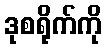
ဒုစရိုက်ကို